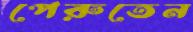
পেরুতেন